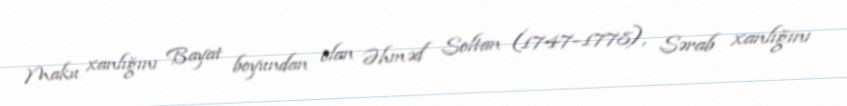
Maku xanlığını Bayat boyundan olan Əhməd Soltan (1747–1778), Sərab xanlığını